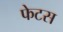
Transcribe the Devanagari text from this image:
फेटस